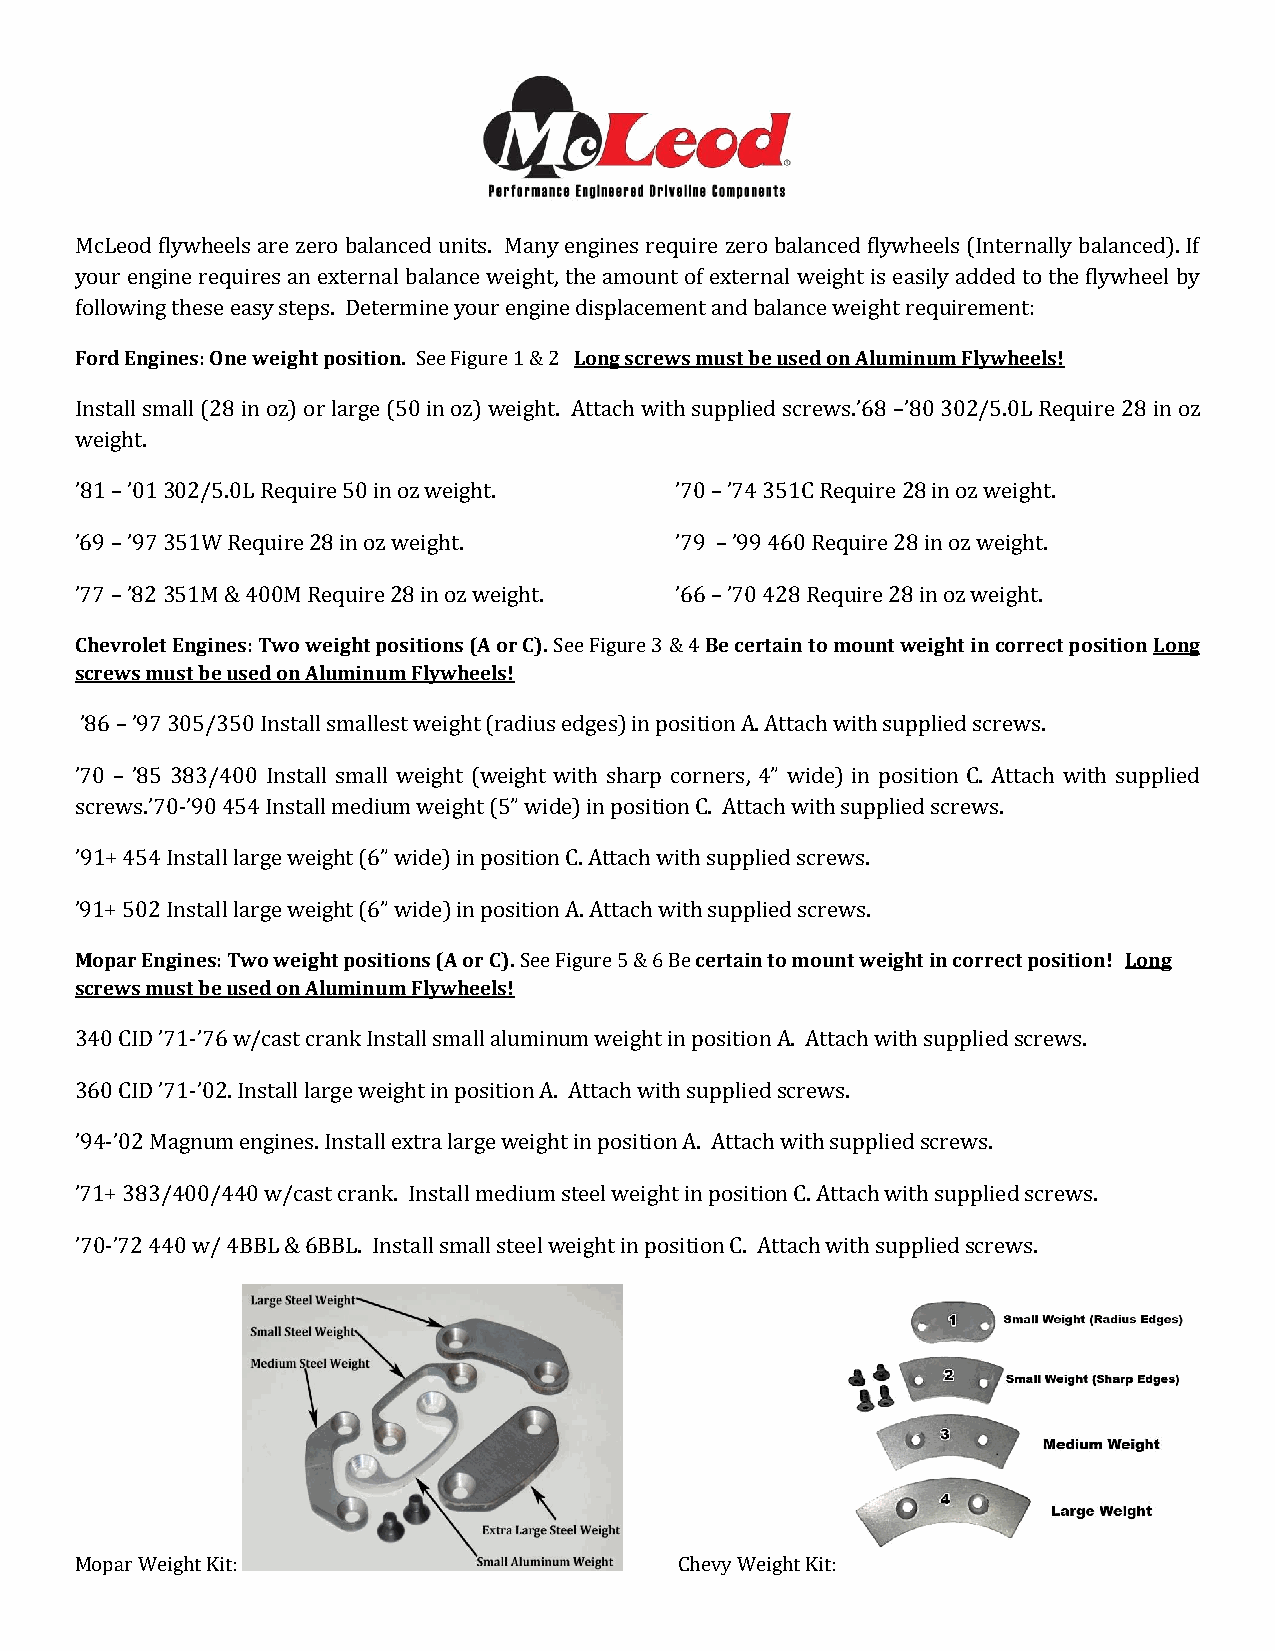
McLeod flywheels are zero balanced units. Many engines require zero balanced flywheels (Internally balanced). If
 your engine requires an external balance weight, the amount of external weight is easily added to the flywheel by
 following these easy steps. Determine your engine displacement and balance weight requirement:
 Ford Engines: One weight position. See Figure 1 & 2 Long screws must be used on Aluminum Flywheels!
 Install small (28 in oz) or large (50 in oz) weight. Attach with supplied screws.’68 –’80 302/5.0L Require 28 in oz
 weight.
 ’81 – ’01 302/5.0L Require 50 in oz weight. ’70 – ’74 351C Require 28 in oz weight.
 ’69 – ’97 351W Require 28 in oz weight. ’79 – ’99 460 Require 28 in oz weight.
 ’77 – ’82 351M & 400M Require 28 in oz weight. ’66 – ’70 428 Require 28 in oz weight.
 Chevrolet Engines: Two weight positions (A or C). See Figure 3 & 4 Be certain to mount weight in correct position Long
 screws must be used on Aluminum Flywheels!
 ’86 – ’97 305/350 Install smallest weight (radius edges) in position A. Attach with supplied screws.
 ’70 – ’85 383/400 Install small weight (weight with sharp corners, 4” wide) in position C. Attach with supplied
 screws.’70-’90 454 Install medium weight (5” wide) in position C. Attach with supplied screws.
 ’91+ 454 Install large weight (6” wide) in position C. Attach with supplied screws.
 ’91+ 502 Install large weight (6” wide) in position A. Attach with supplied screws.
 Mopar Engines: Two weight positions (A or C). See Figure 5 & 6 Be certain to mount weight in correct position! Long
 screws must be used on Aluminum Flywheels!
 340 CID ’71-’76 w/cast crank Install small aluminum weight in position A. Attach with supplied screws.
 360 CID ’71-’02. Install large weight in position A. Attach with supplied screws.
 ’94-’02 Magnum engines. Install extra large weight in position A. Attach with supplied screws.
 ’71+ 383/400/440 w/cast crank. Install medium steel weight in position C. Attach with supplied screws.
 ’70-’72 440 w/ 4BBL & 6BBL. Install small steel weight in position C. Attach with supplied screws.
 Mopar Weight Kit:                       Chevy Weight Kit: